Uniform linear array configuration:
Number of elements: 16
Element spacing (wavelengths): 0.25
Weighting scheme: hamming
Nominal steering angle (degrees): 60
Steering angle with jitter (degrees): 61.071
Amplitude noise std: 0.05
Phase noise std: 0.05

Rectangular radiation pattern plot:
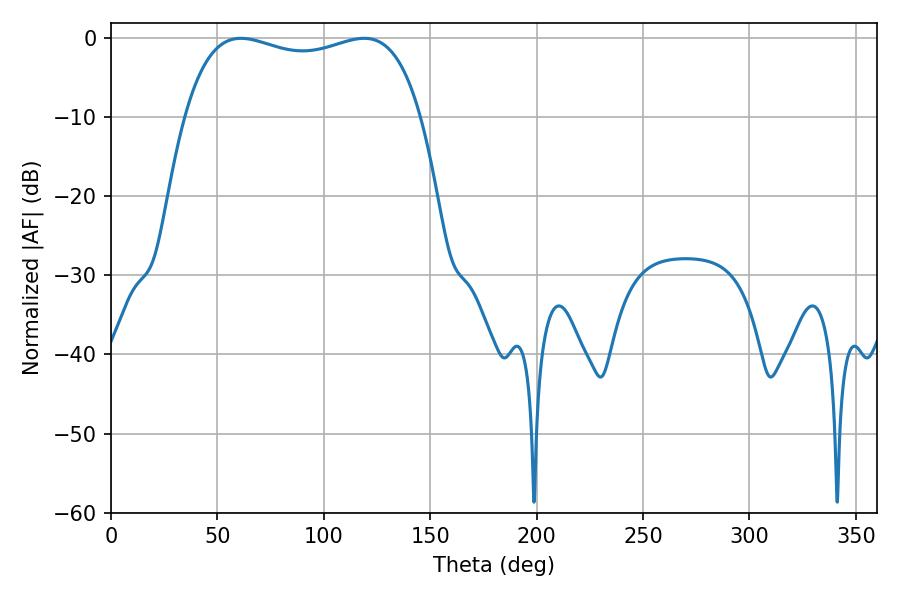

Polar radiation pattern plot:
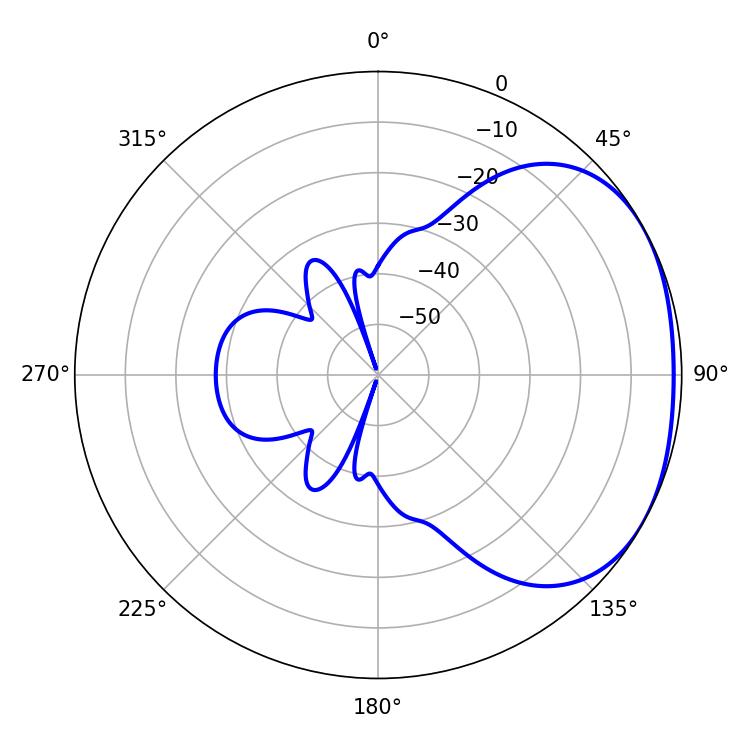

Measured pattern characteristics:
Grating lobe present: FALSE
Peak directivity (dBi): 2.045
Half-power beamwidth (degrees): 90.36
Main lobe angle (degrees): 61.02